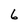
Character: 6